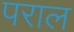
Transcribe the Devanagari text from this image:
पराल